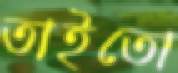
তাইতো